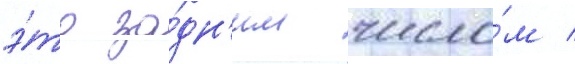
э́то за́дн'им число́м /